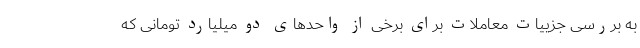
به بررسی جزییات معاملات برای برخی از واحدهای دو میلیارد تومانی که